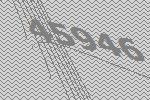
45946